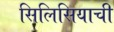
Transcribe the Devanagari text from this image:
सिलिसियाची